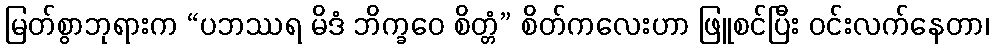
မြတ်စွာဘုရားက “ပဘဿရ မိဒံ ဘိက္ခဝေ စိတ္တံ” စိတ်ကလေးဟာ ဖြူစင်ပြီး ဝင်းလက်နေတာ၊